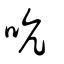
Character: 吭